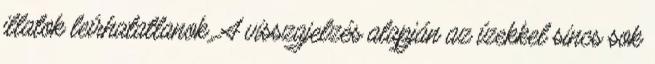
illatok leírhatatlanok. A visszajelzés alapján az ízekkel sincs sok